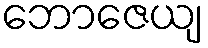
ဘောဇေယျ